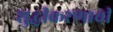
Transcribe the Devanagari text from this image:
शुद्धीकरणाची